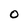
Character: 0